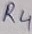
Text: R4